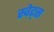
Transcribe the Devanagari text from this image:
स्वेट्स